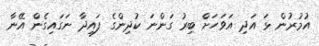
އުމުރުން ޅަ އަދި އަވަހަށް ބިރު ގަންނަ ކުދިންގެ ފައިދާ ނަގައިގެން އޭނާ